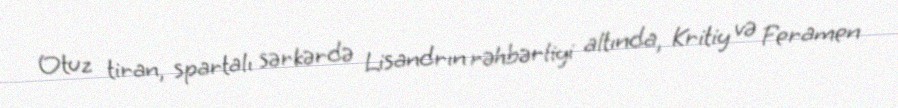
Otuz tiran, spartalı sərkərdə Lisandrın rəhbərliyi altında, Kritiy və Feramen